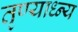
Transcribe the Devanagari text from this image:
तृण्याध्न्य